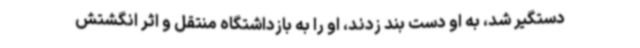
دستگیر شد، به او دست بند زدند، او را به بازداشتگاه منتقل و اثر انگشتش